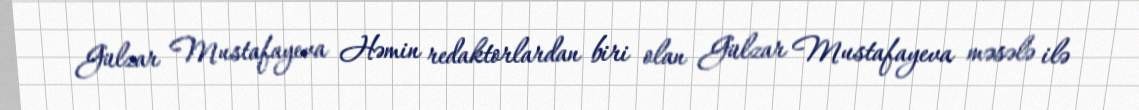
Gülzar Mustafayeva Həmin redaktorlardan biri olan Gülzar Mustafayeva məsələ ilə